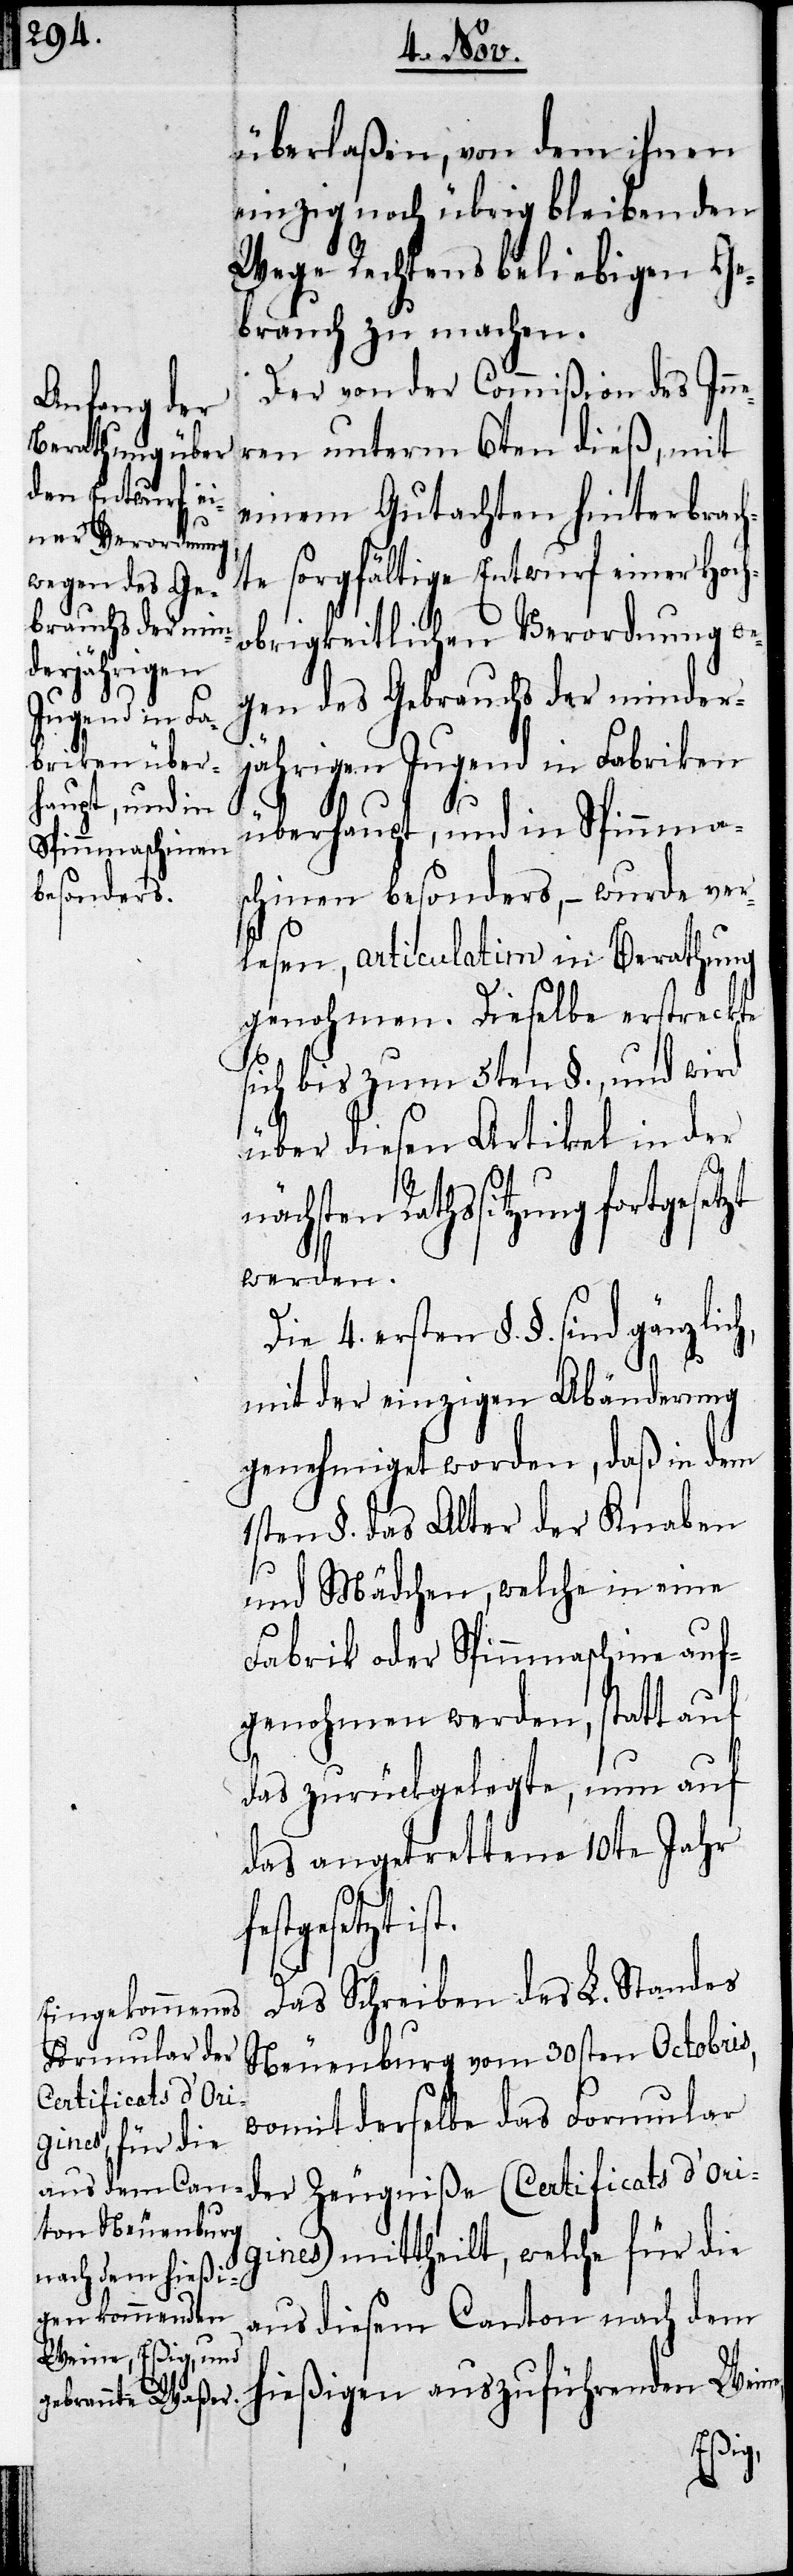
überlaßen, vom dem ihnen
einzig noch übrig bleibenden
Wege Rechtens beliebigen Ge¬
brauch zu machen.
Der von der Commißion des Inn¬
eren unterm 6ten dieß, mit
einem Gutachten hinterbrac¬
hte sorgfältige Entwurf einer Hoch¬
obrigkeitlichen Verordnung we¬
gen des Gebrauchs der minder¬
jährigen Jugend in Fabriken
überhaupt, und in Spinnma¬
schinen besonders, – wurde ver¬
lesen, articulatim in Berathung
genohmen. Dieselbe erstreckte
sich bis zum 5ten §., und wird
über diesen Artikel in der
Rathssitzung fort¬
werden.
Die 4. ersten §.§. sind gänzlich,
mit der einzigen Abänderung
genehmiget worden, daß in dem
1sten §. das Alter der Knaben
und Mädchen, welche in eine
Fabrik oder Spinnmaschine auf¬
genohmen werden, statt auf
das zurückgelegte, nun auf
das angetrettene 10te Jahr
festgesetzt.
Das Schreiben des L. Standes
Neuenburg vom 30sten Octobris,
womit derselbe das Formular
der Zeugniße (Certificats d’Ori¬
gines) mittheilt, welche für die
aus diesem Canton nach dem
hießigen auszuführenden Weine,